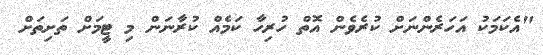
"އެކަމަކު އަހަރެންނަށް ކުރެވެން އޮތް ހުރިހާ ކަމެއް ކުރާނަން މި ޓީމަށް ތަށިތަށް